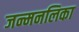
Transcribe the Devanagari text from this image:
जन्मनलिका